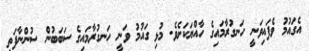
އެގައުމު ވެފައިވަނީ ހަނގުރާމައިގެ ހާއްޔަކަށެވެ. މުޅި ގައުމު ވަނީ ހަނގުރާމައިގެ ސަބަބުން ސުންނާފަތި